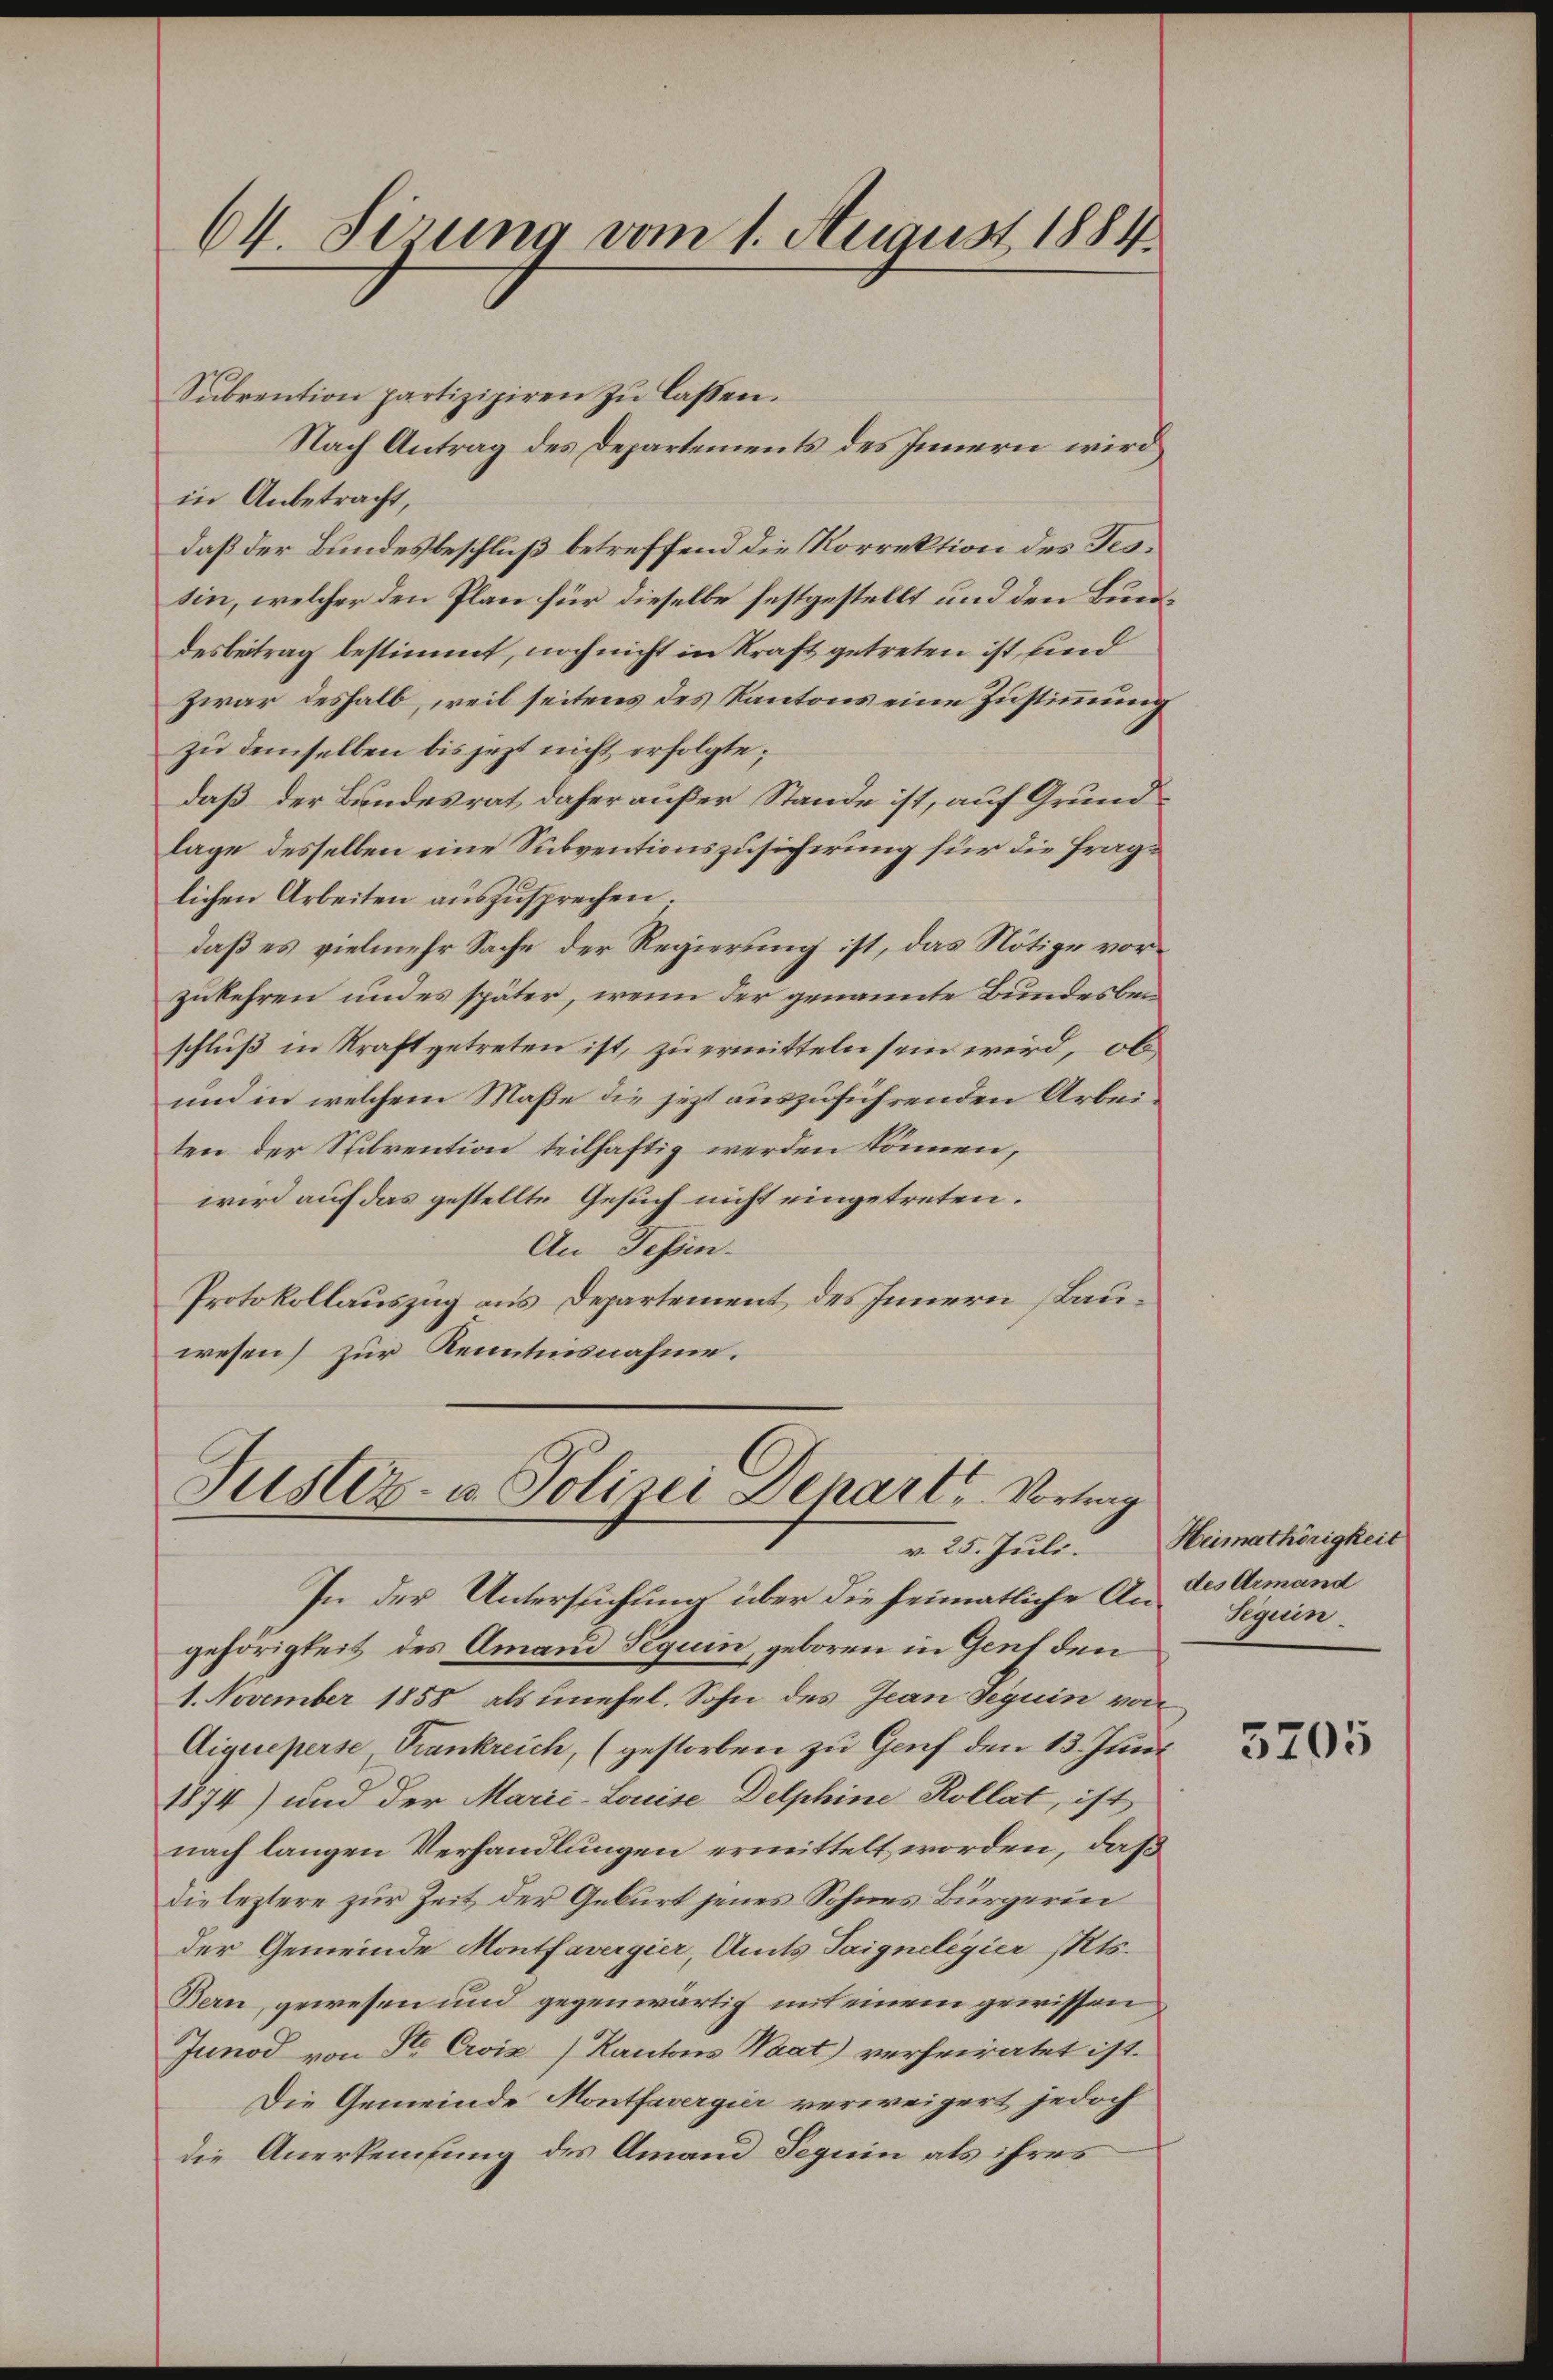
64. Sirung vom 1. August 1884.

Subvention partizipiren zu laßen.
in Anbetracht,
daß der Bundesbeschluß betreffend die Korrektion des Tessin, welcher den Plan für dieselbe festgestellt und den Bundesbeitrag bestimmt, noch nicht in Kraft getreten ist, sind
Zwar deshalb, weil seitens des Kantons eine Zustimmung
zu demselben bis jetzt nicht erfolgte,
daß der Bundesrat daher außer Stande ist, auf Grundlage desselben eine Subventionszusicherung für die fraglichen Arbeiten auszusprechen.
daß es vielmehr Sache der Regierung ist, das Nötige vorzukehren und es später, wenn der genannte Bundesbeschluß in Kraft getreten ist, zu ermitteln sein wird, ob
und in welchem Maße die jetzt auszuführenden Arbeiten der Spibrention teilhaftig werden können,
wird auf das gestellte Gesuch nicht eingetreten.
An Tessin.
Protokollauszug aus Departement des Innern (Bauwesen) zur Kenntnisnahme.

Nach Antrag des Departements des Innern wird

Justiz- u. Polizei Depart. Vortrag

In der Untersuchung über die heimatliche An des Armand
gehörigkeit des Amand Peguin, geboren in Genf den
1. November 1858 als unehel. Sohn des Jean Seguin von
Aiqueperse Frankreich, (gestorben zu Genf den 13. Juni
1874) und der Marić-Louise Delphine Kollat, ist
nach langen Verhandlungen ermittelt worden, daß
die leztere zur Zeit der Geburt jenes Sohnes Bürgerin
der Gemeinde Montfavergier, Amts Taignelegier Mts.
Bern, gewesen und gegenwärtig mit einem gewissen
Junod von St. Civis (Kantons Waat) verheiratet ist.
Die Gemeinde Montfavergier verweigert jedoch
die Anerkennung des Amand Seguin als ihres

v. 25. Juli. Heimathörigkeit
Seguin

5205